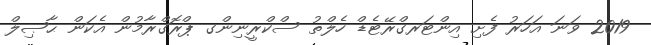
2019 ވަނަ އަހަރު ފެށި އިންޓަރގްރޭޓެޑް ހެލްތު ސްކްރީނިންގ ޕްރޮގްރާމުން އެކަން ޙާޞިލް